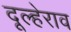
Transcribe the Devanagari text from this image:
दूल्हेराव